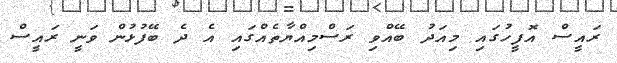
ރައީސް އޮފީހުގައި މިއަދު ބޭއްވި ރަސްމިއްޔާތެއްގައި އެ ދެ ބޭފުޅުން ވަނީ ރައީސް